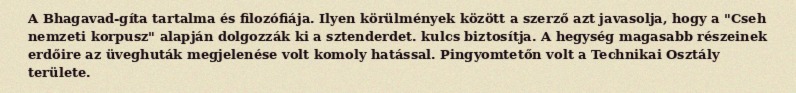
A Bhagavad-gíta tartalma és filozófiája. Ilyen körülmények között a szerző azt javasolja, hogy a "Cseh nemzeti korpusz" alapján dolgozzák ki a sztenderdet. kulcs biztosítja. A hegység magasabb részeinek erdőire az üveghuták megjelenése volt komoly hatással. Pingyomtetőn volt a Technikai Osztály területe.